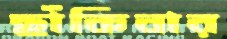
ছাঁকিবার